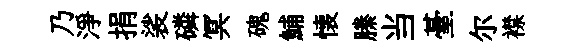
乃淨捐裟磷冥磈鯆懐縢当䑓尔襟